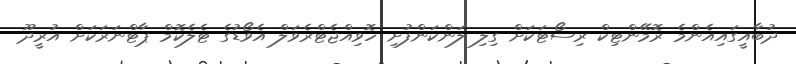
ދުބާއީގައިއެންމެ ރޮމޭންޓިކް ރިސޯޓަކަށް ގިލި ލަންކަންފުށި ހޮވިއްޖެޓްރެވަލް އެވޯޑުގެ ޓެލެކޮމް ޕާޓްނަރަކަށް އުރީދޫ